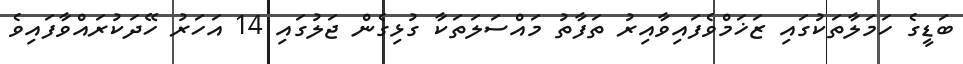
ބަޑީގެ ހަމަލާތަކުގައި ޒަޚަމްވެފައިވާއިރު ތަފާތު މައްސަލަތަކާ ގުޅިގެން ޖަލުގައި 14 އަހަރު ހޭދަކުރައްވާފައިވެ